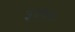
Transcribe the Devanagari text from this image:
३४७७